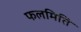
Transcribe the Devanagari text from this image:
फलमिति